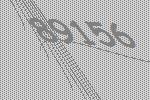
89156